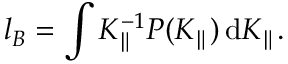
l _ { B } = \int K _ { \parallel } ^ { - 1 } P ( K _ { \parallel } ) \, \mathrm { d } K _ { \parallel } .